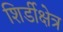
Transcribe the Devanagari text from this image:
शिर्डीक्षेत्र